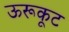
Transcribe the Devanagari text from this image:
ऊरूकूट